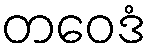
တဝေဒံ